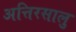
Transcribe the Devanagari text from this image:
अत्तिरसालु